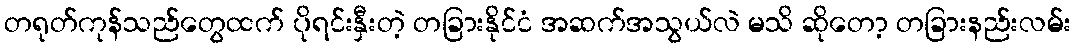
တရုတ်ကုန်သည်တွေထက် ပိုရင်းနှီးတဲ့ တခြားနိုင်ငံ အဆက်အသွယ်လဲ မသိ ဆိုတော့ တခြားနည်းလမ်း